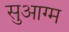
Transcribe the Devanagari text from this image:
सुआग्म